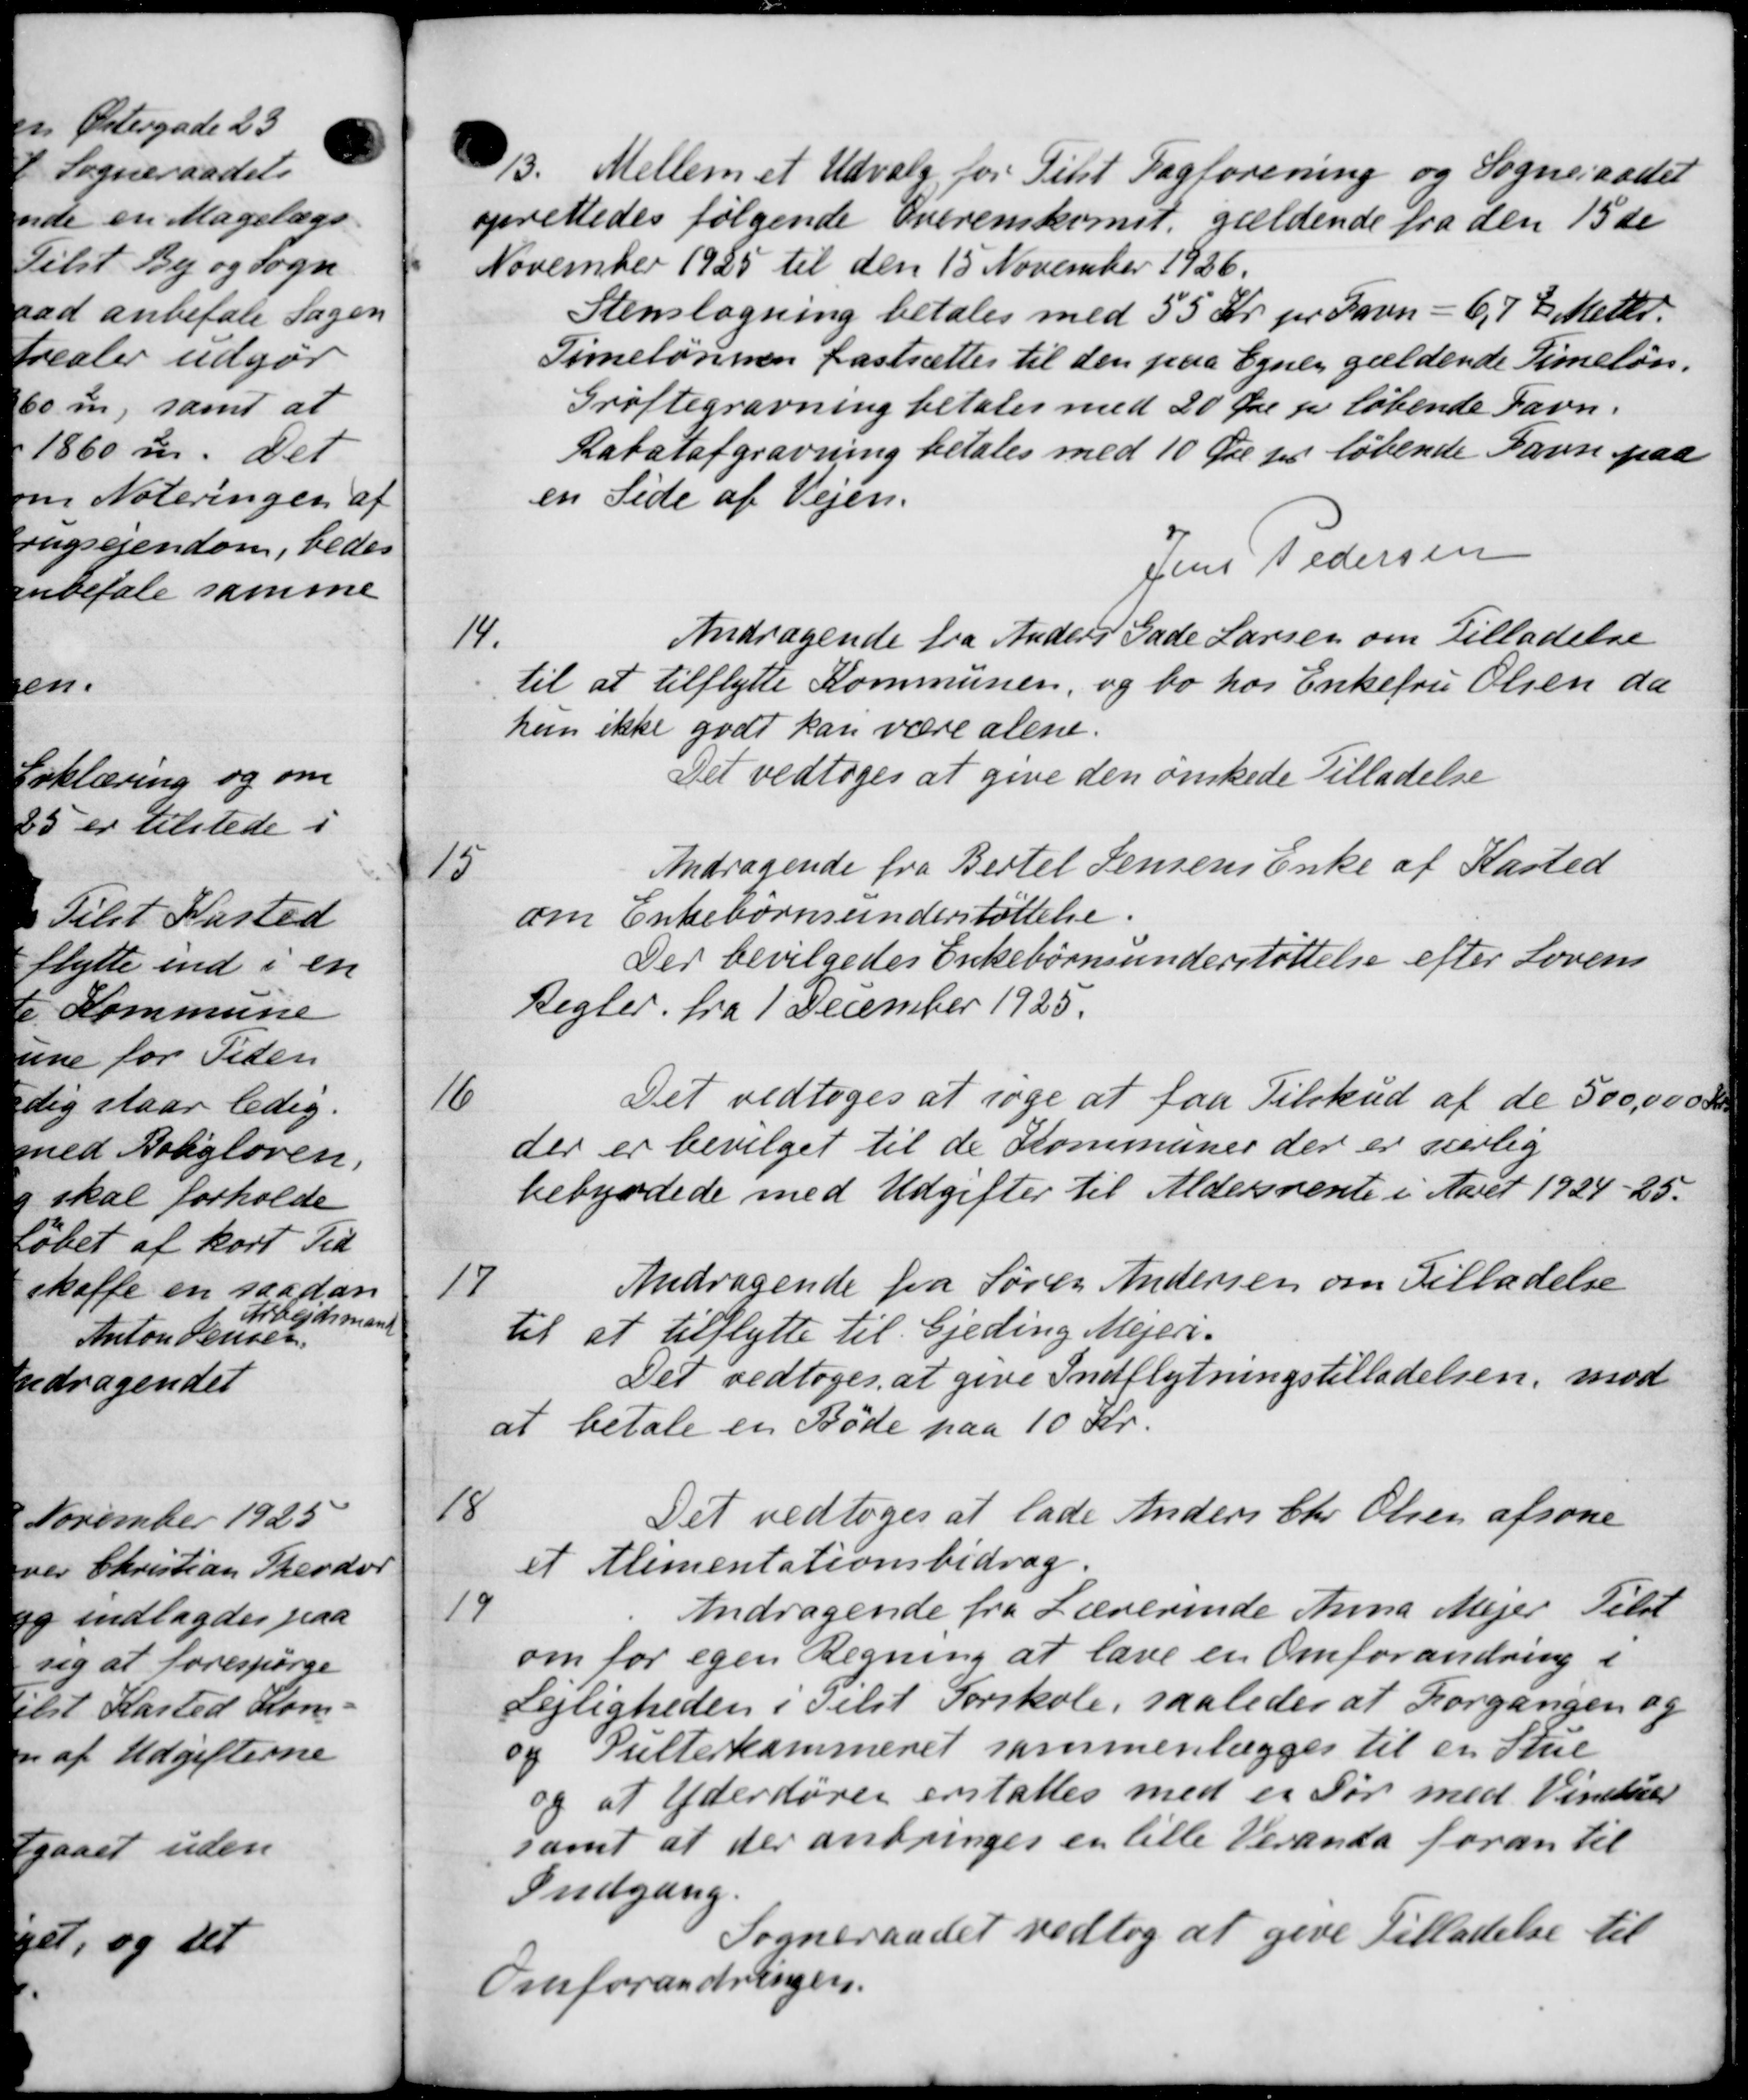
Transskription:
13.
Mellem et Udvalg for Tilst Fagforening og Sogneraadet
oprettedes følgende Overenskomst, gældende fra den 15 de
November 1925 til den 15 November 1926.
Stenslagning betales med 55 Kr. pr. Favn - 6,7 ½ Meter.
Timelønnen fastsættes til den paa Egnen gældende Timeløn.
Grøftegravning betales med 20 Øre pr løbende Favn.
Rabatafgravning betales med 10 Øre pr. løbende Gavn paa
en Side af Vejen.
Jens Pedersen

Andragende fra Anders Gade Larsen om Tilladelse
til at tilflytte Kommunen, og bo hos Enkefru Olsen da
hun ikke godt kan være alene.
Det vedtoges at give den ønskede Tilladelse
15
Andragende fra Bertel Jensens Enke af Kasted
om Enkebørnsunderstøttelse.
Der bevilgedes Enkebørnsunderstøttelse efter Lovens
Regler. fra 1' December 1925.
16
Det vedtoges at søge at faa Tilskud af de 500,000 Kr
der er bevilget til de Kommuner der er særlig
bebyrdede med Udgifter til Aldersrente i Aaret 1924-25.
17
Andragende fra Søren Andersen om Tilladelse
til at tilflytte til Gjeding Mejeri-
Det vedtoges at give Indflytningstilladelsen, mod
at betale en Bøde paa 10 Kr.
18
Det vedtoges at lade Anders Chr Olsen afsone
et Alimentationsbidrag.
19
Andragende fra Lærerinde Anna Mejer Tilst
om for egen Regning at lave en Omforandring i
Lejligheden i Tilst Forskole, saaledes at Forgangen og
og Pulterkammeret sammenlægges til en Stue
og at Yderdøren erstattes med er Sør med Vinduer
samt at der anbringes en lille Veranda foran til
Indgang.
Sogneraadet vedtog at give Tilladelse til
Treforandringen.